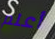
أعلم